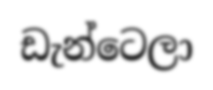
ඩැන්ටෙලා